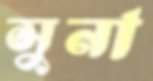
সুনা